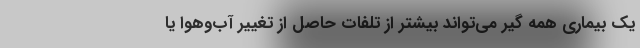
یک بیماری همه گیر می‌تواند بیشتر از تلفات حاصل از تغییر آب‌وهوا یا